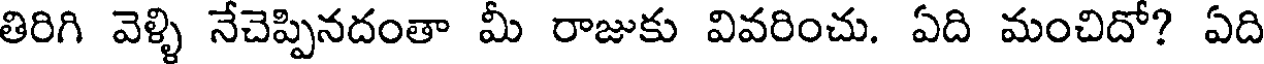
తిరిగి వెళ్ళి నేచెప్పినదంతా మీ రాజుకు వివరించు. ఏది మంచిదో? ఏది